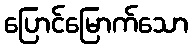
ပြောင်မြောက်သော